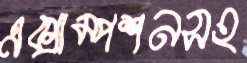
এক্সাম্পশনসহ